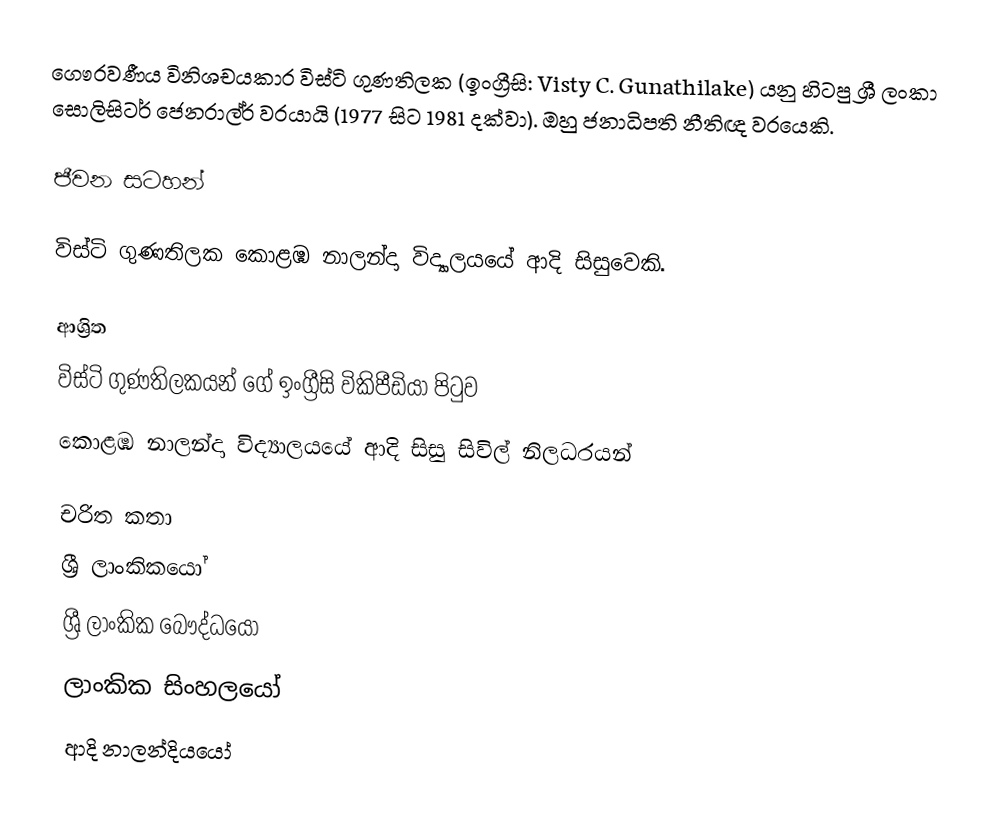
ගෞරවණීය විනිශචයකාර විස්ටි ගුණතිලක (ඉංග්‍රීසි: Visty C. Gunathilake) යනු  හිටපු ශ්‍රී ලංකා සොලිසිටර් ජෙනරාල්ර් වරයායි (1977 සිට 1981  දක්වා). ඔහු ජනාධිපති නීතිඥ වරයෙකි.

ජීවන සටහන්

විස්ටි ගුණතිලක  කොළඹ නාලන්දා විද්‍යාලයයේ ආදි සිසුවෙකි.

ආශ්‍රිත
  විස්ටි ගුණතිලකයන් ගේ ඉංග්‍රීසි විකිපීඩියා පිටුව
 කොළඹ නාලන්දා විද්‍යාලයයේ ආදි සිසු සිවිල් නිලධරයන්

චරිත කතා
ශ්‍රී ලාංකිකයෝ
ශ්‍රී ලාංකික බෞද්ධයෝ
ලාංකික සිංහලයෝ
ආදි නාලන්දියයෝ